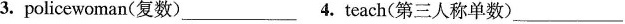
3. policewoman(复数)___4.Teach(第三人称单数)___